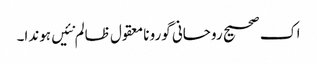
اک صحیح روحانی گورو نامعقول ظالم نئیں ہوندا۔